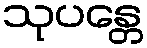
သုပန္တေ